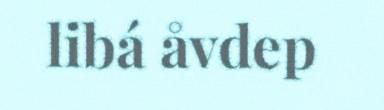
libá åvdep